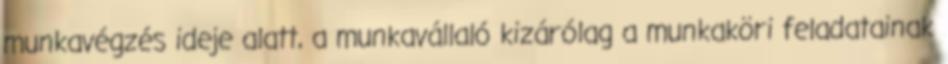
munkavégzés ideje alatt, a munkavállaló kizárólag a munkaköri feladatainak